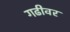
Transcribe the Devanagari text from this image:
गढीवर